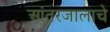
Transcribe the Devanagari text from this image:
आंतरजालाचे